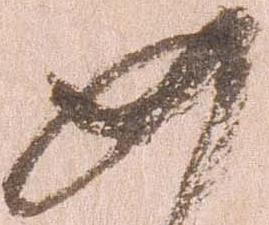
如